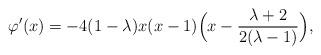
LaTeX: \begin{align*} \varphi'(x) = -4(1-\lambda) x(x-1)\Big(x - \frac{\lambda + 2}{2(\lambda-1)} \Big),\end{align*}